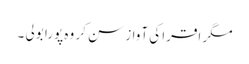
مگر اقرا کی آواز سن کر وہ پورا بولی ۔